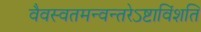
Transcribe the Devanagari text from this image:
वैवस्वतमन्वन्तरेऽष्टाविंशति